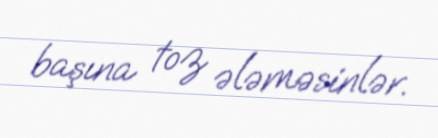
başına toz ələməsinlər.